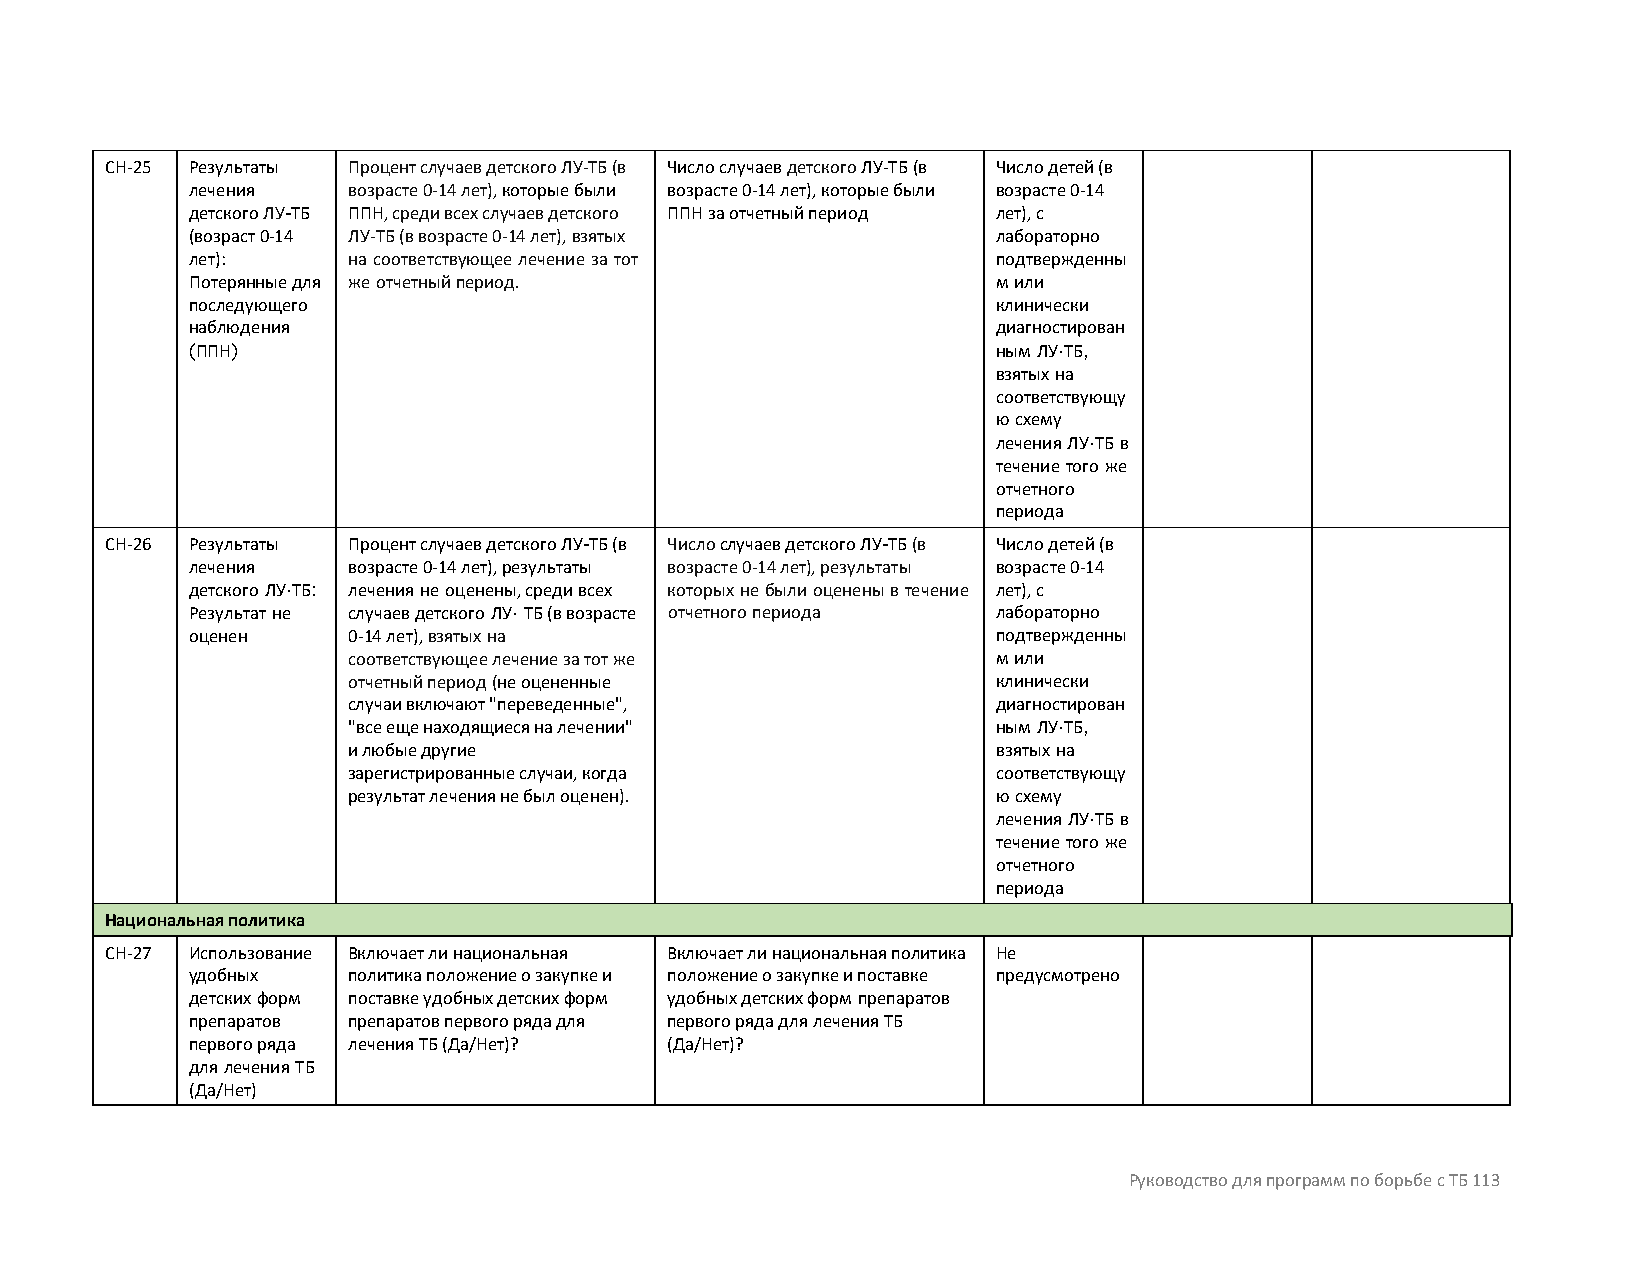
CH-25 Результаты Процент случаев детского ЛУ-ТБ (в Число случаев детского ЛУ-ТБ (в Число детей (в
 лечения    возрасте 0-14 лет), которые были возрасте 0-14 лет), которые были возрасте 0-14
 детского ЛУ-ТБ ППН, среди всех случаев детского ППН за отчетный период лет), с
 (возраст 0-14 ЛУ-ТБ (в возрасте 0-14 лет), взятых     лабораторно
 лет):      на соответствующее лечение за тот          подтвержденны
 Потерянные для же отчетный период.                    м или
 последующего                                          клинически
 наблюдения                                            диагностирован
 (ППН)                                                 ным ЛУ-ТБ,
 взятых на
 соответствующу
 ю схему
 лечения ЛУ-ТБ в
 течение того же
 отчетного
 периода
 CH-26 Результаты Процент случаев детского ЛУ-ТБ (в Число случаев детского ЛУ-ТБ (в Число детей (в
 лечения    возрасте 0-14 лет), результаты возрасте 0-14 лет), результаты возрасте 0-14
 детского ЛУ-ТБ: лечения не оценены, среди всех которых не были оценены в течение лет), с
 Результат не случаев детского ЛУ- ТБ (в возрасте отчетного периода лабораторно
 оценен     0-14 лет), взятых на                       подтвержденны
 соответствующее лечение за тот же          м или
 отчетный период (не оцененные              клинически
 случаи включают "переведенные",            диагностирован
 "все еще находящиеся на лечении"           ным ЛУ-ТБ,
 и любые другие                             взятых на
 зарегистрированные случаи, когда           соответствующу
 результат лечения не был оценен).          ю схему
 лечения ЛУ-ТБ в
 течение того же
 отчетного
 периода
 Национальная политика
 CH-27 Использование Включает ли национальная Включает ли национальная политика Не
 удобных    политика положение о закупке и положение о закупке и поставке предусмотрено
 детских форм поставке удобных детских форм удобных детских форм препаратов
 препаратов препаратов первого ряда для первого ряда для лечения ТБ
 первого ряда лечения ТБ (Да/Нет)? (Да/Нет)?
 для лечения ТБ
 (Да/Нет)
 Руководство для программ по борьбе с ТБ 113